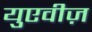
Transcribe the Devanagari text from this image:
युएवीज़